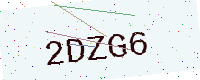
Text: 2DZG6